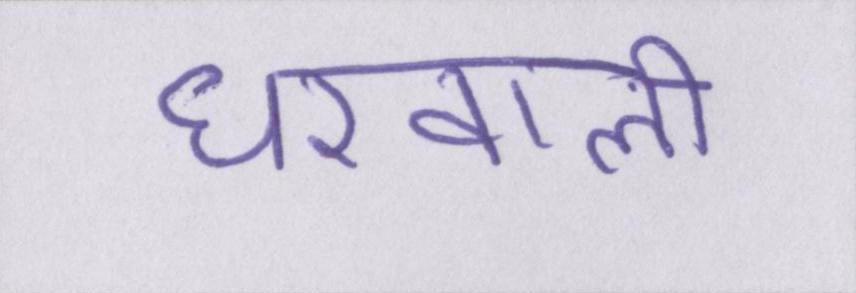
घरवाली